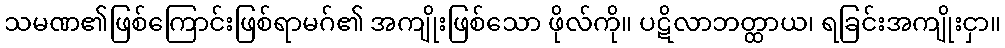
သမဏ၏ဖြစ်ကြောင်းဖြစ်ရာမဂ်၏ အကျိုးဖြစ်သော ဖိုလ်ကို။ ပဋိလာဘတ္ထာယ၊ ရခြင်းအကျိုးငှာ။